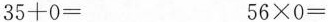
$$3 5 + 0 =$$ $$5 6 \times 0 =$$